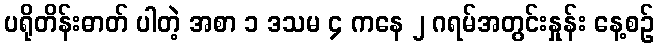
ပရိုတိန်းဓာတ် ပါတဲ့ အစာ ၁ ဒသမ ၄ ကနေ ၂ ဂရမ်အတွင်းနှုန်း နေ့စဉ်